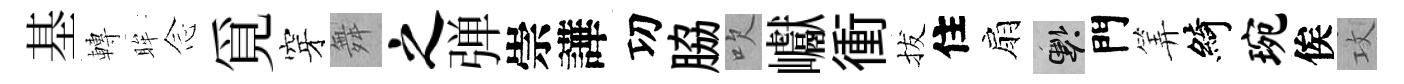
基轉眸𫝹覓穿舞之弹崇譁㓛脇吹巘衝拔住扇懸門筭綺琬俟攻